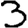
Digit: 3